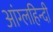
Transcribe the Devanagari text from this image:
आंग्लहिन्दी